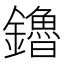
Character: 鑥